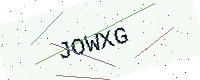
Text: JOWXG